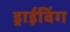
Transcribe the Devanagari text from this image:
ड्राईविंग